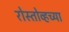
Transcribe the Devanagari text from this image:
रोस्तोव्हच्या